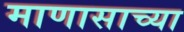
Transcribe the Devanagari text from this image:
माणासाच्या